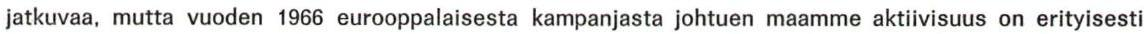
jatkuvaa, mutta vuoden 1966 eurooppalaisesta kampanjasta johtuen maamme aktiivisuus on erityisesti